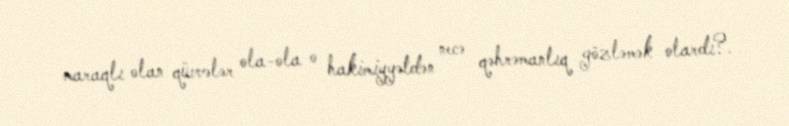
maraqlı olan qüvvələr ola-ola o hakimiyyətdən necə qəhrəmanlıq gözləmək olardı?.